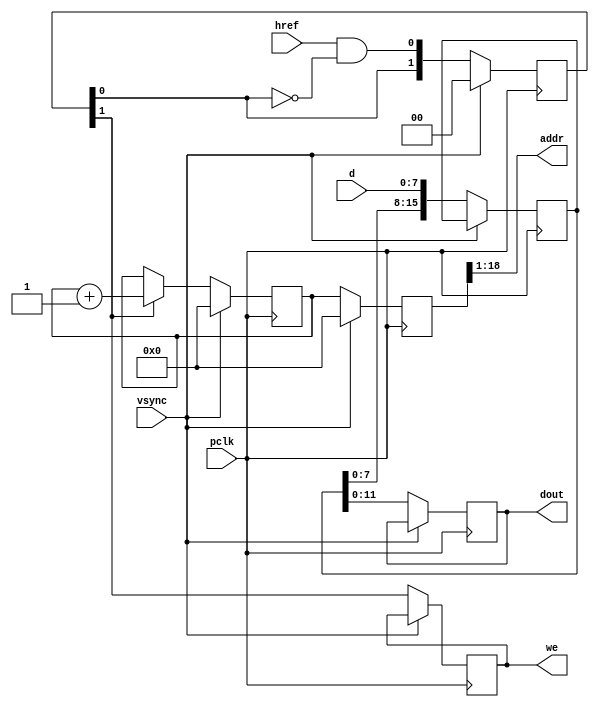
module ov5640_capture (
    input pclk,
    input vsync,
    input href,
    input [7:0] d,
    output  [17:0] addr,
    output reg [11:0] dout,
    output reg we
);

reg [15:0] d_latch = 16'b0;
reg [18:0] address = 19'b0;
reg [18:0] address_next = 19'b0;
reg [1:0] wr_hold = 2'b0;

assign addr = address[18:1];

always @(posedge pclk) begin
    if (vsync == 1'b1) begin
        address <= 19'b0;
        address_next <= 19'b0;
        wr_hold <= 2'b0;
    end else begin
        dout <= {d_latch[11:8], d_latch[7:4], d_latch[3:0]};
        address <= address_next;
        we <= wr_hold[1];
        wr_hold <= {wr_hold[0], href & ~wr_hold[0]};
        d_latch <= {d_latch[14:0], d};

        if (wr_hold[1] == 1'b1) begin
            address_next <= address_next + 1;
        end else if (wr_hold[0] == 1'b1) begin
            address_next <= address_next;
        end
    end
end

endmodule